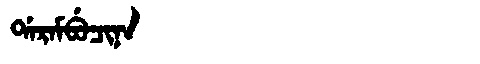
Manchu: ᡩᠠᡵᠠᠮᠪᡠᠴᡳᠨᠠ
Romanization: DARAMBUCINA